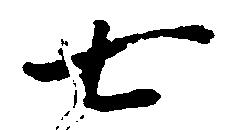
七